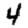
Digit: 4